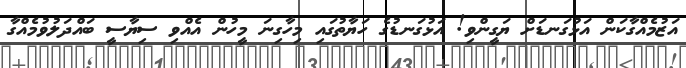
އަޒުމެއްގާކަން އަޅުގަނޑަށް ޔަގީންވި! އަޅުގަނޑުގެ ހަޔާތުގައި މިހާގިނަ މީހުން އެއްވި ސިޔާސީ ބައްދަލުވުމެއްގާ